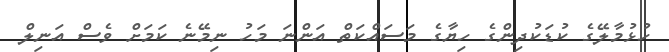
ހުޅުމާލޭގެ ކުޑަކުދިންގެ ހިޔާގެ މަސައްކަތް އަންނަ މަހު ނިމޭނެ ކަމަށް ވެސް އަނިލް